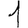
Digit: 1